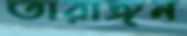
তারাঙ্গন